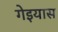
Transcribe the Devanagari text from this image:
गेइयास